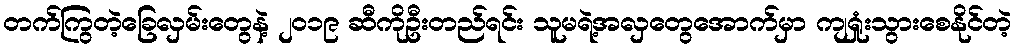
တက်ကြွတဲ့ခြေလှမ်းတွေနဲ့ ၂၀၁၉ ဆီကိုဦးတည်ရင်း သူမရဲ့အလှတွေအောက်မှာ ကျရှုံးသွားစေနိုင်တဲ့